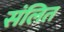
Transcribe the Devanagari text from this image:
संलित